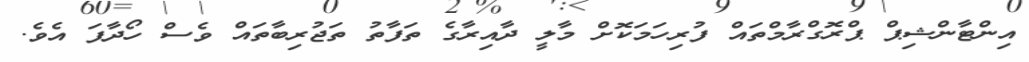
އިންޓާންޝިޕް ޕްރޮގްރާމްތައް ފުރިހަމަކޮށް މާލީ ދާއިރާގެ ތަފާތު ތަޖުރިބާތައް ވެސް ހޯދާފަ އެވެ.